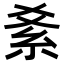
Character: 𥾥